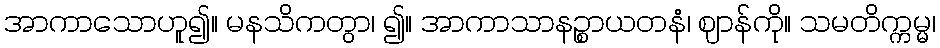
အာကာသောဟူ၍။ မနသိကတွာ၊ ၍။ အာကာသာနဉ္စာယတနံ၊ ဈာန်ကို။ သမတိက္ကမ္မ၊